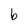
Character: b